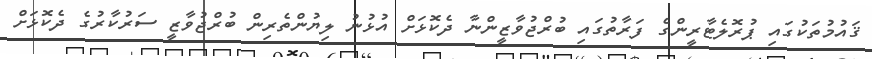
ޤައުމުތަކުގައި ޕުރޮލެޓާރީންގެ ފަރާތުގައި ބުރްޖުވާޒީންނާ ދެކޮޅަށް އުޅުނު ލިޔުންތެރިން ބުރްޖުވާޒީ ސަރުކާރުގެ ދެކޮޅަށް